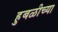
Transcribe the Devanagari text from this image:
हुबळीच्या